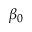
\beta _ { 0 }